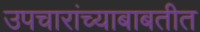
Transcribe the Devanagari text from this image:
उपचारांच्याबाबतीत